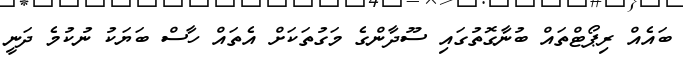
ބައެއް ރިޕޯޓްތައް ބުނާގޮތުގައި ސޫދާންގެ މަގުތަކަށް އެތައް ހާސް ބަޔަކު ނުކުމެ ދަނީ